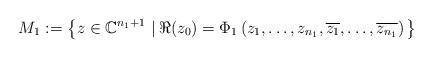
LaTeX: \begin{align*}M_1:=\left\{z\in\mathbb{C}^{n_1+1}\,\left|\,\Re(z_0)=\Phi_1\left(z_1,\ldots, z_{n_1},\overline{z_1},\ldots, \overline{z_{n_1}}\right)\right.\right\}\end{align*}